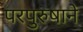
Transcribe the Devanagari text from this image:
परपुरुषाने